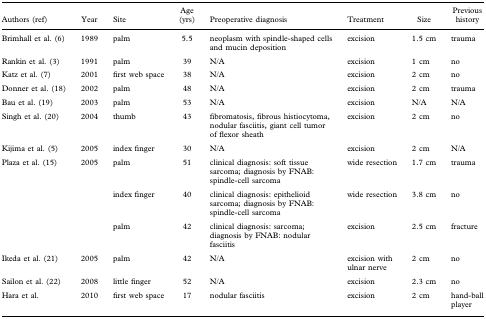
<table><thead><tr><td><b>Authors (ref)</b></td><td><b>Year</b></td><td><b>Site</b></td><td><b>Age (yrs)</b></td><td><b>Preoperative diagnosis</b></td><td><b>Treatment</b></td><td><b>Size</b></td><td><b>Previous history</b></td></tr></thead><tbody><tr><td>Brimhall et al. (6)</td><td>1989</td><td>palm</td><td>5.5</td><td>neoplasm with spindle-shaped cells and mucin deposition</td><td>excision</td><td>1.5 cm</td><td>trauma</td></tr><tr><td>Rankin et al. (3)</td><td>1991</td><td>palm</td><td>39</td><td>N/A</td><td>excision</td><td>1 cm</td><td>no</td></tr><tr><td>Katz et al. (7)</td><td>2001</td><td>first web space</td><td>38</td><td>N/A</td><td>excision</td><td>2 cm</td><td>no</td></tr><tr><td>Donner et al. (18)</td><td>2002</td><td>palm</td><td>48</td><td>N/A</td><td>excision</td><td>2 cm</td><td>trauma</td></tr><tr><td>Bau et al. (19)</td><td>2003</td><td>palm</td><td>53</td><td>N/A</td><td>excision</td><td>N/A</td><td>N/A</td></tr><tr><td>Singh et al. (20)</td><td>2004</td><td>thumb</td><td>43</td><td>fibromatosis, fibrous histiocytoma, nodular fasciitis, giant cell tumor of flexor sheath</td><td>excision</td><td>2 cm</td><td>no</td></tr><tr><td>Kijima et al. (5)</td><td>2005</td><td>index finger</td><td>30</td><td>N/A</td><td>excision</td><td>2 cm</td><td>N/A</td></tr><tr><td>Plaza et al. (15)</td><td>2005</td><td>palm</td><td>51</td><td>clinical diagnosis: soft tissue sarcoma; diagnosis by FNAB: spindle-cell sarcoma</td><td>wide resection</td><td>1.7 cm</td><td>trauma</td></tr><tr><td></td><td></td><td>index finger</td><td>40</td><td>clinical diagnosis: epithelioid sarcoma; diagnosis by FNAB: spindle-cell sarcoma</td><td>wide resection</td><td>3.8 cm</td><td>no</td></tr><tr><td></td><td></td><td>palm</td><td>42</td><td>clinical diagnosis: sarcoma; diagnosis by FNAB: nodular fasciitis</td><td>excision</td><td>2.5 cm</td><td>fracture</td></tr><tr><td>Ikeda et al. (21)</td><td>2005</td><td>palm</td><td>42</td><td>N/A</td><td>excision with ulnar nerve</td><td>2 cm</td><td>no</td></tr><tr><td>Sailon et al. (22)</td><td>2008</td><td>little finger</td><td>52</td><td>N/A</td><td>excision</td><td>2.3 cm</td><td>no</td></tr><tr><td>Hara et al.</td><td>2010</td><td>first web space</td><td>17</td><td>nodular fasciitis</td><td>excision</td><td>2 cm</td><td>hand-ball player</td></tr></tbody></table>